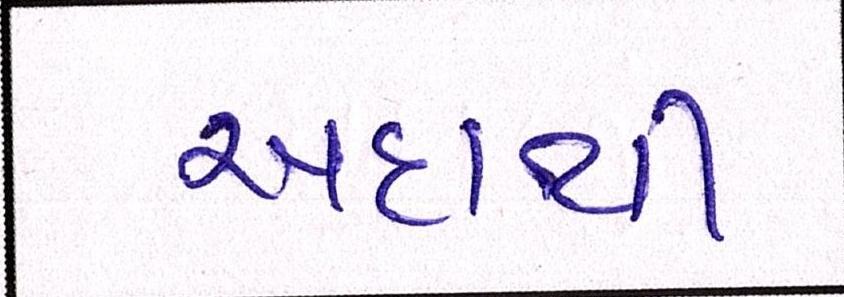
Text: અદાથી